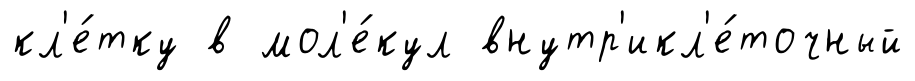
кл'е́тку в мол'е́кул внутр'икл'е́точный